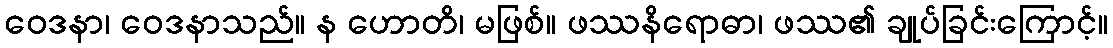
ဝေဒနာ၊ ဝေဒနာသည်။ န ဟောတိ၊ မဖြစ်။ ဖဿနိရောဓာ၊ ဖဿ၏ ချုပ်ခြင်းကြောင့်။